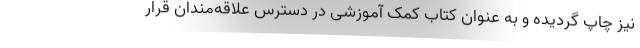
نیز چاپ گردیده و به عنوان کتاب کمک آموزشی در دسترس علاقه‌مندان قرار